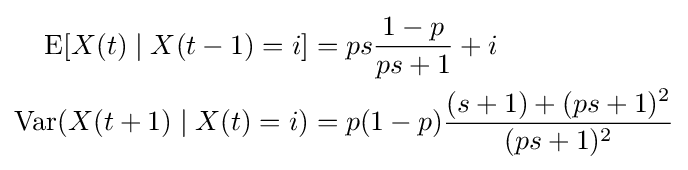
{\begin{aligned}\operatorname {E} [X(t)\mid X(t-1)=i]&=ps{\dfrac {1-p}{ps+1}}+i\\\operatorname {Var} (X(t+1)\mid X(t)=i)&=p(1-p){\dfrac {(s+1)+(ps+1)^{2}}{(ps+1)^{2}}}\end{aligned}}